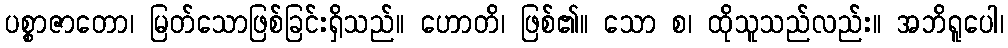
ပစ္စာဇာတော၊ မြတ်သောဖြစ်ခြင်းရှိသည်။ ဟောတိ၊ ဖြစ်၏။ သော စ၊ ထိုသူသည်လည်း။ အဘိရူပေါ၊